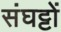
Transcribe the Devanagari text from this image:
संघट्टों